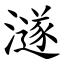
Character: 澻